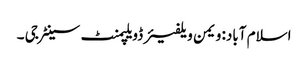
اسلام آباد: ویمن ویلفیئر ڈویلپمنٹ سینٹر جی ۔